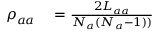
\begin{array} { r l } { \rho _ { a a } } & { { } = \frac { 2 L _ { a a } } { N _ { a } ( N _ { a } - 1 ) ) } } \end{array}